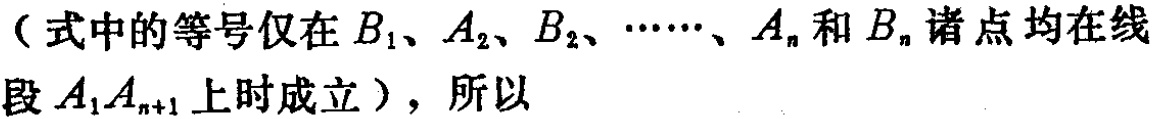
（式中的等号仅在\(B_1、A_2、B_2、\cdots、A_n\)和\(B_n\)诸点均在线段\(A_1A_{n + 1}\)上时成立），所以